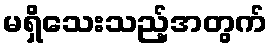
မရှိသေးသည့်အတွက်